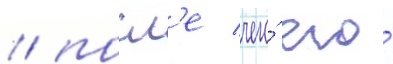
/ посл'е чего́ его́